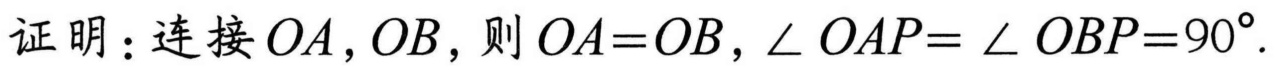
证明：连接\(OA,OB\)，则\(OA = OB\)，\(\angle OAP=\angle OBP = 90^{\circ}\).